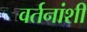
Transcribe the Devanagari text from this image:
वर्तनांशी